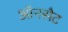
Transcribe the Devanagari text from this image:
ऑनसैट